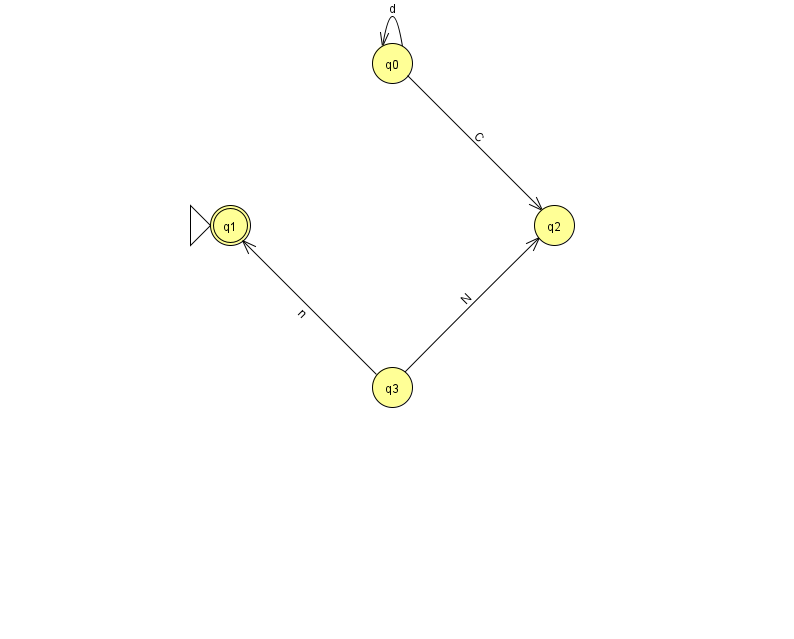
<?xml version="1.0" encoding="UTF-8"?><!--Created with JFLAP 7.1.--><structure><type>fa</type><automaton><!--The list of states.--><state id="0" name="q0"><x>392.0</x><y>50.0</y></state><state id="1" name="q1"><x>230.0</x><y>212.0</y><initial/><final/></state><state id="2" name="q2"><x>554.0</x><y>212.0</y></state><state id="3" name="q3"><x>392.0</x><y>374.0</y></state><!--The list of transitions.--><transition><from>3</from><to>2</to><read>N</read></transition><transition><from>3</from><to>1</to><read>n</read></transition><transition><from>0</from><to>0</to><read>d</read></transition><transition><from>0</from><to>2</to><read>C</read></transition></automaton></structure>